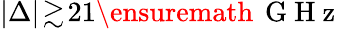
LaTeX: |\Delta|\! \gtrsim\! 21\ensuremath{\, \mathrm{~G~H~z~}}